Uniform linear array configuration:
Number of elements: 4
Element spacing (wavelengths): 0.25
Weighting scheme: cosine
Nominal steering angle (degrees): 45
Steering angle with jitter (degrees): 46.289
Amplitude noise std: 0.05
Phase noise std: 0.05

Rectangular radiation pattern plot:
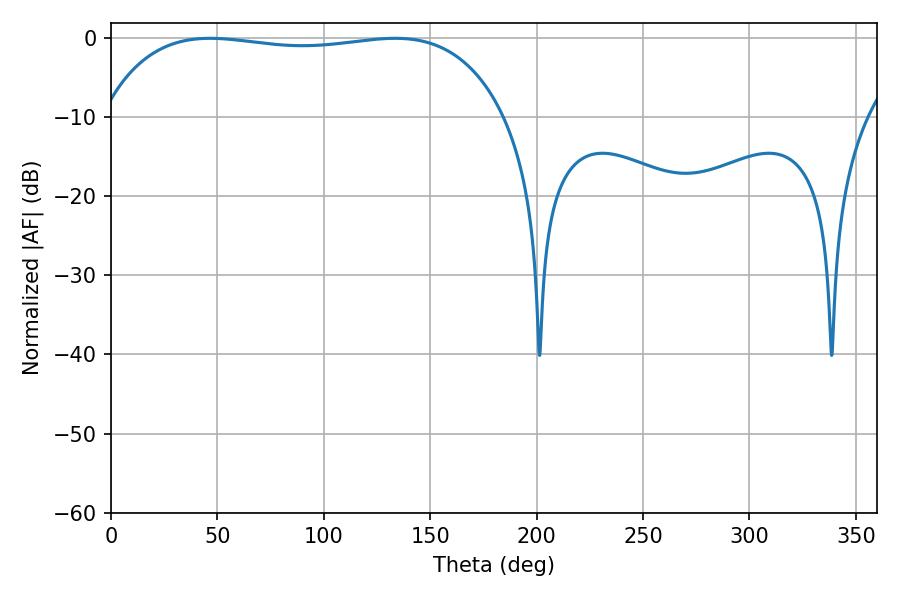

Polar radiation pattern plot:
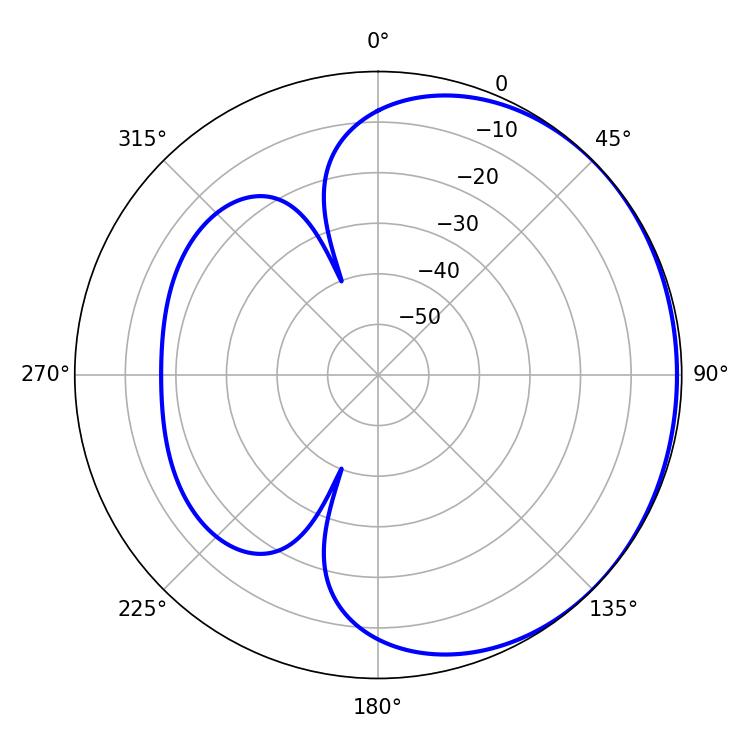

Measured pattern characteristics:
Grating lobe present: FALSE
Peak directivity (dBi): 0.7348
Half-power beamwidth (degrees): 151.56
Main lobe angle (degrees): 46.44